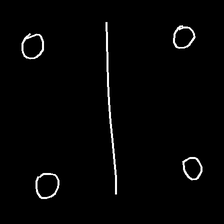
Glyph: cool